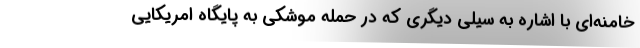
خامنه‌ای با اشاره به سیلی دیگری که در حمله موشکی به پایگاه امریکایی